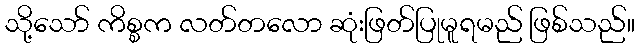
သို့သော် ကိစ္စက လတ်တလော ဆုံးဖြတ်ပြုမူရမည် ဖြစ်သည်။